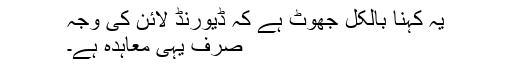
یہ کہنا بالکل جھوٹ ہے کہ ڈیورنڈ لائن کی وجہ
صرف یہی معاہدہ ہے۔